Rangoon Lunatic Asylum 1878-1892 - 1878-1892
Year: 1878
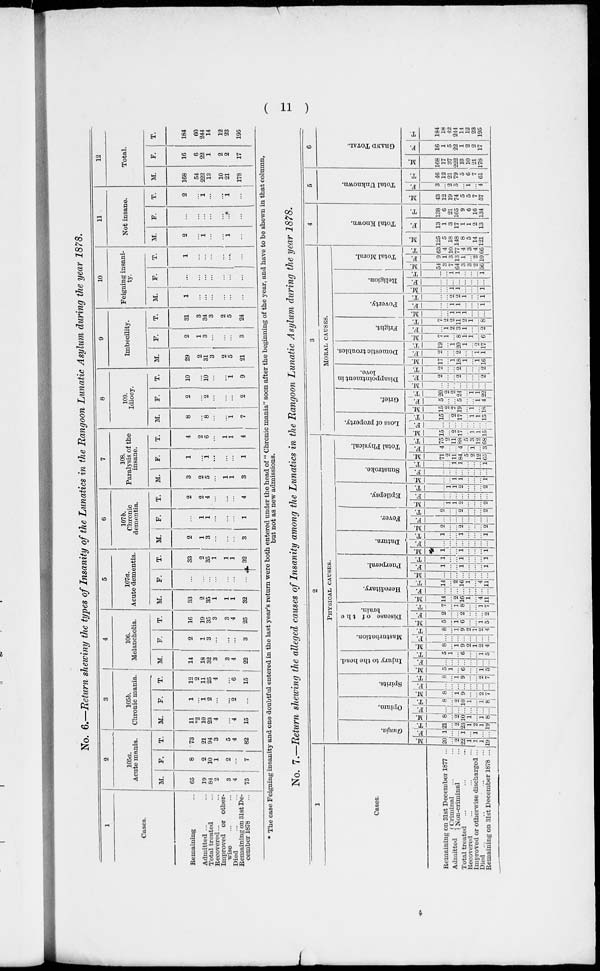
( 11 )
No. 6.—Return shewing the types of Insanity of the Lunatics in the Rangoon Lunatic Asylum during the year 1878.
1
Cases.
Remaining ...
Admitted ...
...
Total treated
... ...
Recovered...
...
Improved or other-
wise
...
...
Died
...
...
Remaining on 31st De-
cember 1878 ...
2
105a.
Acute mania.
M.
65
19
84
2
3
4
75
F.
8
2
10
1
2
...
7
T.
73
21
94
3
5
4
82
3
105b.
Chronic mania.
M.
11
*2
10
23
4
...
4
15
F.
1
...
1
2
...
...
2
...
T.
12
2
11
25
4
...
6
15
4
106.
Melancholia.
M.
14
18
32
3
3
4
22
F.
2
1
3
...
...
...
3
T.
16
19
35
3
3
4
25
5
107a.
Acute dementia.
M.
33
2
35
1
1
1
32
F.
...
...
...
...
...
...
...
T.
33
2
35
1
1
1
32
6
107b.
Chronic
dementia.
M.
2
1
3
...
...
...
3
F.
...
1
1
...
...
...
1
T.
2
2
4
...
...
...
4
7
108.
Paralysis of the
insane.
M.
3
2
5
...
1
1
3
F.
1
...
1
...
...
...
1
T.
4
2
6
...
1
1
4
8
109.
Idiocy.
M.
8
...
8
...
...
1
7
F.
2
...
2
...
...
...
2
T.
10
...
10
...
...
1
9
9
Imbecility.
M.
29
2
31
3
2
5
21
F.
2
1
3
...
...
...
3
T.
31
3
34
3
2
5
24
10
Feigning insani-
ty.
M.
1
...
...
...
...
...
...
F.
...
...
...
...
...
...
...
T.
1
...
...
...
...
...
...
11
Not insane.
M.
2
...
1
...
...
1
...
F.
...
...
...
...
...
...
...
T.
2
...
1
...
...
1
...
12
Total.
M.
168
54
222
13
10
21
178
F.
16
6
22
1
2
2
17
T.
184
60
244
14
12
23
195
* The case Feigning insanity and one doubtful entered in the last year's return were both entered under the head of "Chronic mania" soon after the beginning of the year, and have to be shewn in that column,
but not as new admissions.
No. 7.—Return skewing the alleged causes of Insanity among the Lunatics in the Rangoon Lunatic Asylum during the year 1878.
1
Cases.
Remaining on 31st December 1877 ...
Admitted
Criminal ... ...
Non-criminal ...
Total treated ... ... ...
Recovered ... ... ...
Improved or otherwise discharged ...
Died ... ... ... ...
Remaining on 31st December 1878 ...
2
PHYSICAL CAUSES.
Gunja.
M.
20
...
2
22
1
1
1
19
F.
1
...
...
1
...
1
...
...
T.
21
...
2
23
1
2
1
19
Opium.
M.
8
...
2
10
1
...
1
8
F.
...
...
...
...
...
...
...
...
T.
8
...
2
10
1
...
1
8
Spirits.
M.
8
...
1
9
...
...
2
7
F.
...
...
...
...
...
...
...
...
T.
8
...
1
9
...
...
2
7
Injury to the head.
M.
5
1
...
6
...
...
1
5
F.
...
...
...
...
...
...
...
...
T.
5
1
6
...
...
1
5
Masturbation.
M.
8
...
1
9
2
1
2
4
F.
...
...
...
...
...
...
...
...
T.
8
...
1
9
2
1
2
4
Disease of the
brain.
M.
5
...
1
6
...
...
1
5
F.
2
...
...
2
...
...
...
2
T.
7
...
1
8
...
...
1
7
Hereditary.
M.
14
...
2
16
1
...
4
11
F.
...
...
...
...
...
...
...
...
T.
14
...
2
16
1
...
4
11
Puerperal.
M.
...
...
...
...
...
...
...
...
F.
1
...
...
1
...
...
...
1
T.
1
...
...
1
...
...
...
1
Datura.
M.
1
...
...
1
...
...
...
1
F.
...
...
...
...
...
...
...
...
T.
1
...
...
1
...
...
...
1
Fever.
M.
2
...
...
2
...
...
...
2
F.
...
...
...
...
...
...
...
...
T.
2
...
...
2
...
...
...
2
Epilepsy.
M.
...
1
1
2
...
...
...
2
F.
...
...
...
...
...
...
...
...
T.
...
1
1
2
...
...
...
2
Sunstroke.
M.
...
...
1
1
...
...
... 1
F.
...
...
...
...
...
...
...
...
T.
...
...
1
1
...
...
1
Total Physical.
M.
71
2
11
84
5
2
12
65
F.
4
...
...
4
...
1
...
3
T.
75
2
11
88
5
3
12
68
3
MORAL CAUSES.
Loss of property.
M.
15
...
2
17
...
1
1
15
F.
...
...
...
...
...
...
...
...
T.
15
...
2
17
...
1
1
15
Grief.
M.
15
2
2
19
...
1
...
18
F.
5
...
...
5
...
...
1
4
T.
20
2
2
24
...
1
1
22
Disappointment in
love.
M.
...
...
...
...
...
...
...
...
F.
2
...
...
2
...
...
...
2
T.
2
...
...
2
...
...
...
2
Domestic troubles.
M.
17
...
1
18
1
...
1
16
F.
2
...
...
2
...
...
1
1
T.
19
...
1
20
1
...
2
17
Fright.
M.
7
1
...
8
1
1
...
6
F.
...
1
2
3
1
...
...
2
T.
7
2
2
11
2
1
...
8
Poverty.
M.
...
...
1
1
1
...
...
...
F.
...
...
1
1
...
...
...
1
T.
...
...
2
2
1
...
...
1
Religion.
M.
...
...
1
1
...
...
...
1
F.
...
...
...
...
...
...
...
...
T.
...
...
1
1
...
...
...
1
Total Moral.
M.
54
3
7
64
3
3
2
56
F.
9
1
3
13
1
...
2
10
T.
63
4
10
77
4
3
4
66
4
Total Known.
M.
125
5
18
148
8
5
14
121
F.
13
1
3
17
1
1
2
13
T.
138
6
21
165
9
6
16
134
5
Total Unknown.
M.
43
12
19
74
5
5
7
57
F.
3
...
2
5
... 1
...
4
T.
46
12
21
79
5
6
7
61
6
GRAND TOTAL.
M.
168
17
37
222
13
10
21
178
F.
16
1
5
22
1
2
2
17
T.
184
18
42
244
14
12
23
195